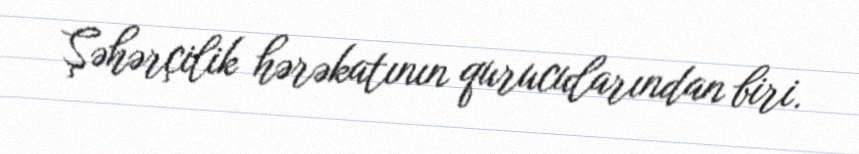
Şəhərçilik hərəkatının qurucularından biri.